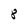
Character: 8